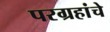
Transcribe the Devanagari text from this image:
परग्रहांचे